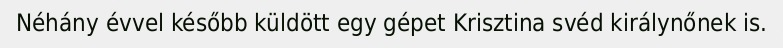
Néhány évvel később küldött egy gépet Krisztina svéd királynőnek is.